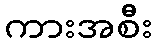
ကားအစီး